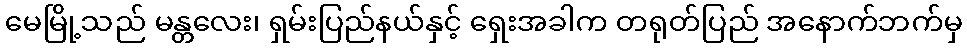
မေမြို့သည် မန္တလေး၊ ရှမ်းပြည်နယ်နှင့် ရှေးအခါက တရုတ်ပြည် အနောက်ဘက်မှ